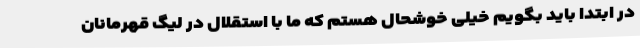
در ابتدا باید بگویم خیلی خوشحال هستم که ما با استقلال در لیگ قهرمانان